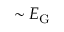
\sim E _ { \mathrm { G } }